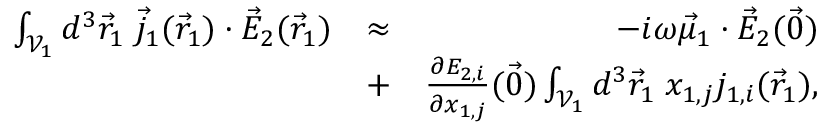
\begin{array} { r l r } { \int _ { \mathcal { V } _ { 1 } } d ^ { 3 } \vec { r } _ { 1 } \; \vec { j } _ { 1 } ( \vec { r } _ { 1 } ) \cdot \vec { E } _ { 2 } ( \vec { r } _ { 1 } ) } & { \approx } & { - i \omega \vec { \mu } _ { 1 } \cdot \vec { E } _ { 2 } ( \vec { 0 } ) } \\ & { + } & { \frac { \partial E _ { 2 , i } } { \partial x _ { 1 , j } } ( \vec { 0 } ) \int _ { \mathcal { V } _ { 1 } } d ^ { 3 } \vec { r } _ { 1 } \; x _ { 1 , j } j _ { 1 , i } ( \vec { r } _ { 1 } ) , } \end{array}